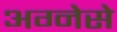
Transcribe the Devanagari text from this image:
अग्नेसे